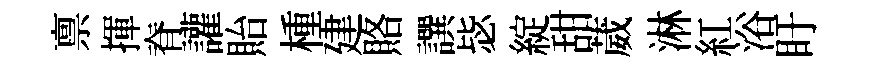
禀揮脊讙貽㮔建賂譔毖綻甜葳淋紅浴盱